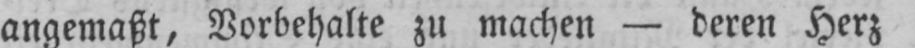
angemaßt, Vorbehalte zu machen - deren Herz